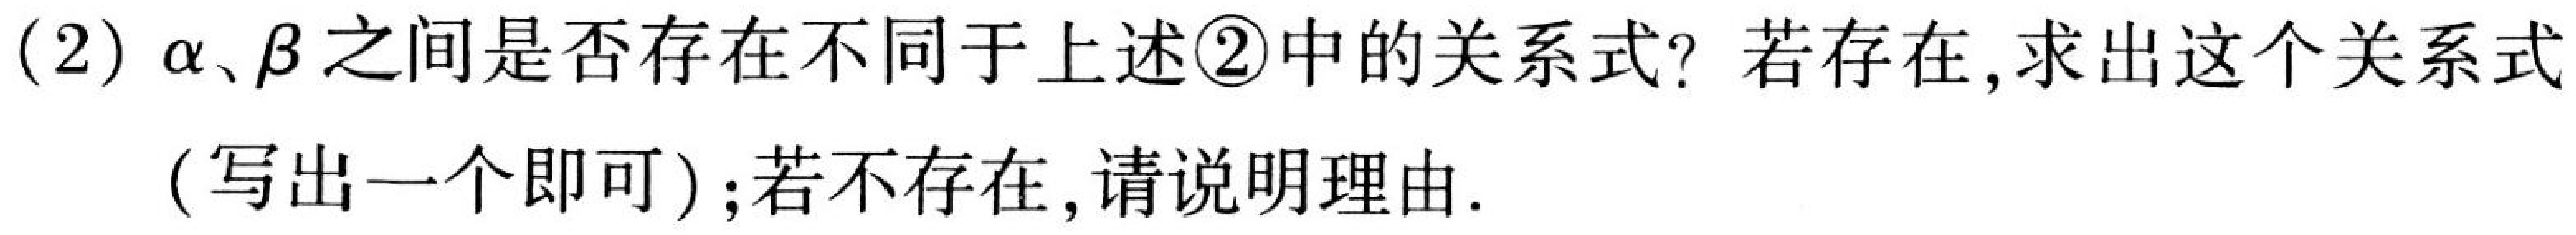
(2) $\alpha、\beta$之间是否存在不同于上述\textcircled{2}中的关系式？若存在,求出这个关系式(写出一个即可)；若不存在,请说明理由.